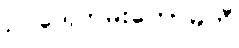
ဥပဒေကြမ်းကော်မတီ